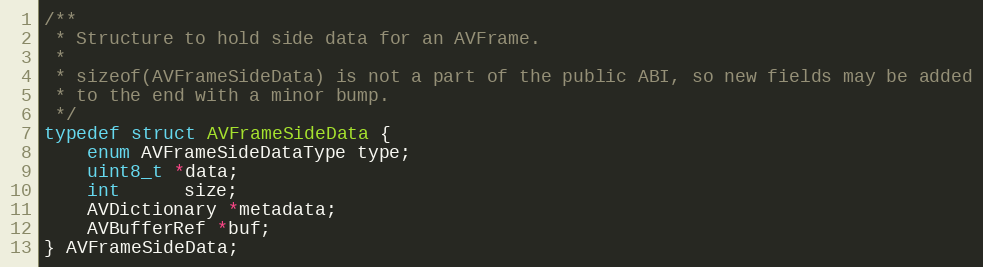
Language: C
/**
 * Structure to hold side data for an AVFrame.
 *
 * sizeof(AVFrameSideData) is not a part of the public ABI, so new fields may be added
 * to the end with a minor bump.
 */
typedef struct AVFrameSideData {
    enum AVFrameSideDataType type;
    uint8_t *data;
    int      size;
    AVDictionary *metadata;
    AVBufferRef *buf;
} AVFrameSideData;